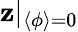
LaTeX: \mathbf{z}|_{\langle\phi\rangle=0}